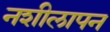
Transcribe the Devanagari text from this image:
नशीलापन